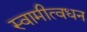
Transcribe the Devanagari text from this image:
स्वामीत्वधन